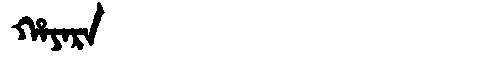
Manchu: ᡥᠠᠶᠠᡵᠠ
Romanization: HAYARA